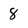
Character: 8